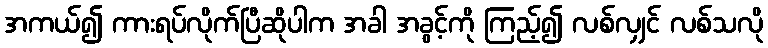
အကယ်၍ ကားရပ်လိုက်ပြီဆိုပါက အခါ အခွင့်ကို ကြည့်၍ လစ်လျှင် လစ်သလို